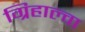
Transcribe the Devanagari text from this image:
ग्रिहाल्वा